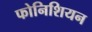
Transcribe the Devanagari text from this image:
फोनिशियन